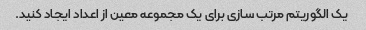
یک الگوریتم مرتب سازی برای یک مجموعه معین از اعداد ایجاد کنید.